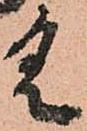
具